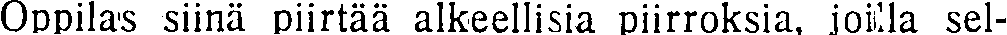
Oppilas siinä piirtää alkeellisia piirroksia, joilla sel-